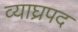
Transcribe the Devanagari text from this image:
व्याघ्रपद